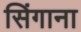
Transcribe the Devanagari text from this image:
सिंगाना